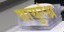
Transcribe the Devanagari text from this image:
वायुरंध्र